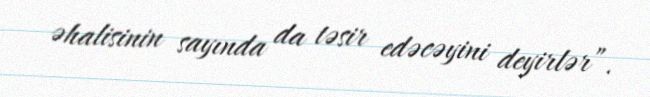
əhalisinin sayında da təsir edəcəyini deyirlər”.